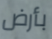
بأرض